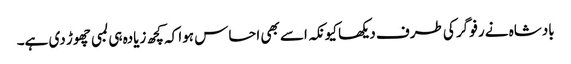
بادشاہ نے رفو گر کی طرف دیکھا کیونکہ اسے بھی احساس ہوا کہ کچھ زیادہ ہی لمبی چھوڑ دی ہے۔